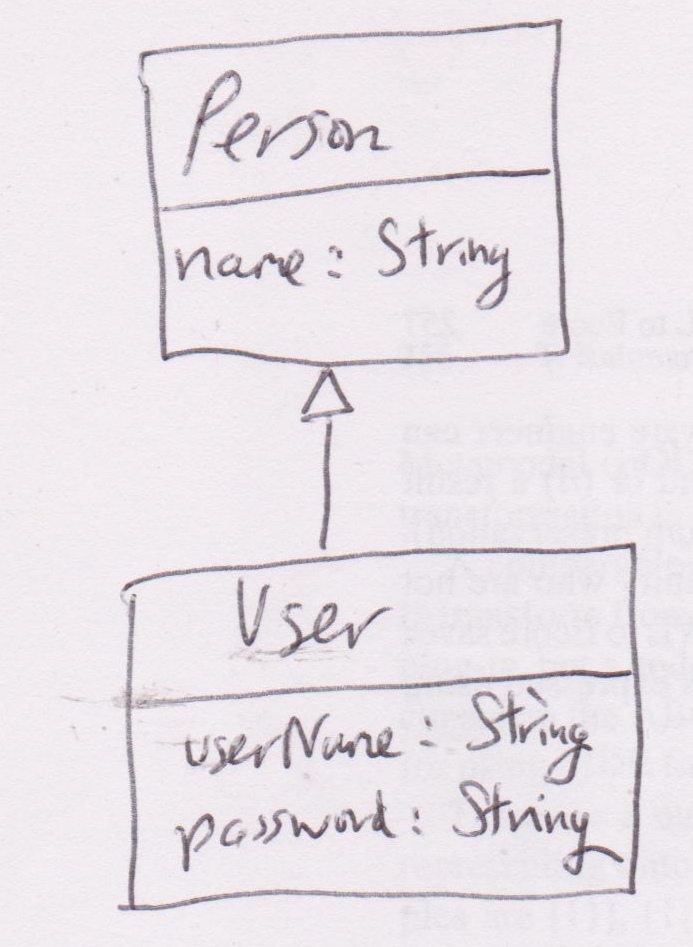
Diagram type: class_diagram
```plantuml
@startuml

class Person {
  name: String
}

class User extends Person {
  userName: String
  password: String
}

@enduml
```